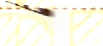
للمخاطرة